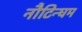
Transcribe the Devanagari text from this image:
नौटिन्घम